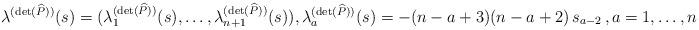
LaTeX: \begin{align*} \lambda^{(\det(\widehat P))}(s) = (\lambda^{(\det(\widehat P))}_1(s),\ldots,\lambda^{(\det(\widehat P))}_{n+1}(s)),\lambda^{(\det(\widehat P))}_{a}(s)=-(n - a+3)(n - a+2)\,s_{a - 2}\,,a=1,\ldots,n+1\,,\end{align*}